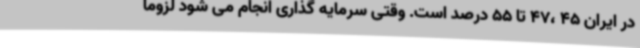
در ایران 45 ،47 تا 55 درصد است. وقتی سرمایه گذاری انجام می شود لزوما